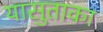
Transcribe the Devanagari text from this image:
यासुताका